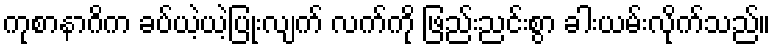
ကုစာနာဂိက ခပ်ယဲ့ယဲ့ပြုံးလျက် လက်ကို ဖြည်းညင်းစွာ ခါးယမ်းလိုက်သည်။